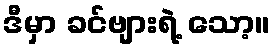
ဒီမှာ ခင်ဗျားရဲ့ သော့။